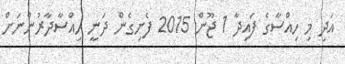
އަދި މި ހިއްސާގެ ފައިދާ 1 ޖޫން 2015 ފެށިގެން ދަނީ ހިއްސާދާރުންނަށް